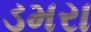
ડમરા